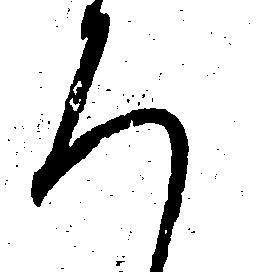
ろ